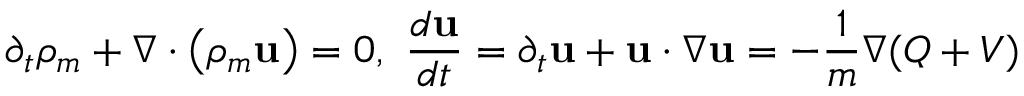
\partial _ { t } \rho _ { m } + \nabla \cdot \left( \rho _ { m } \mathbf { u } \right) = 0 , ~ \frac { d \mathbf { u } } { d t } = \partial _ { t } \mathbf { u } + \mathbf { u } \cdot \nabla \mathbf { u } = - \frac { 1 } { m } \nabla ( Q + V )